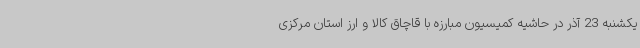
یکشنبه 23 آذر در حاشیه کمیسیون مبارزه با قاچاق کالا و ارز استان مرکزی